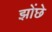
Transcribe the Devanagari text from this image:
झोंछे